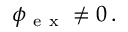
\boldsymbol \phi { } _ { \mathrm { ~ e ~ x ~ } } ^ { } \neq 0 \, .